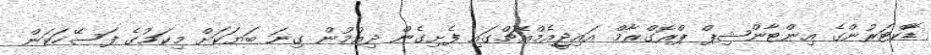
ޑޮކްޓަރުންގެ އިންޓާންޝިޕް ޕްރޮގްރާމް އައިޖީއެމްއެޗްގައި ފެށިގެން ދިއުމުން ގިނަ ބަޔަކަށް މިކަމުގެ ފަސޭހަކަން